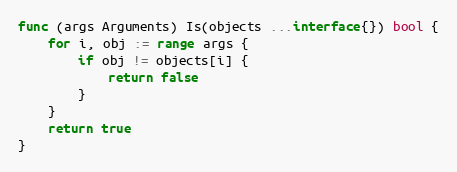
Language: Go
func (args Arguments) Is(objects ...interface{}) bool {
	for i, obj := range args {
		if obj != objects[i] {
			return false
		}
	}
	return true
}